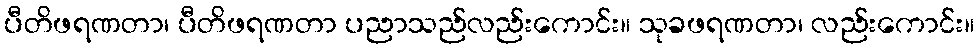
ပီတိဖရဏတာ၊ ပီတိဖရဏတာ ပညာသည်လည်းကောင်း။ သုခဖရဏတာ၊ လည်းကောင်း။